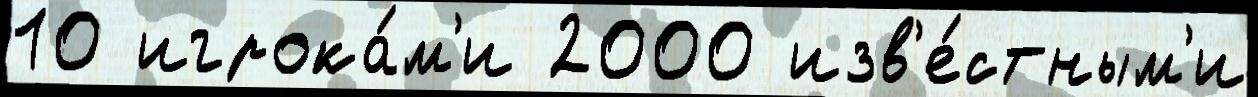
10 игрока́м'и 2000 изв'е́стным'и